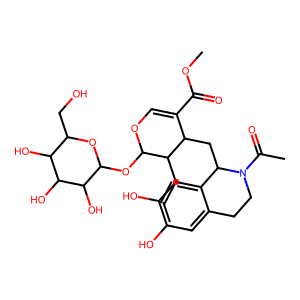
SMILES: C=CC1C(OC2OC(CO)C(O)C(O)C2O)OC=C(C(=O)OC)C1CC1c2cc(O)c(O)cc2CCN1C(C)=O
Inhibits HIV replication: No